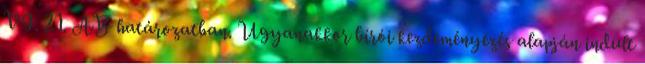
VI. 21. AB határozatban. Ugyanakkor bírói kezdeményezés alapján indult